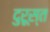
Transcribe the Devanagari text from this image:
दुरूस्‍त